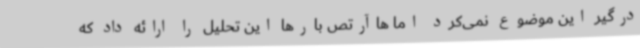
درگیر این موضوع نمی‌کرد اما هاآرتص بارها این تحلیل را ارائه داد که